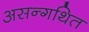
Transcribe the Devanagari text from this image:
असन्गथित